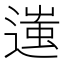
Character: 𨖀